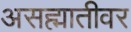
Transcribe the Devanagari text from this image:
असह्मातीवर